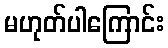
မဟုတ်ပါကြောင်း